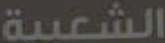
الشعبية